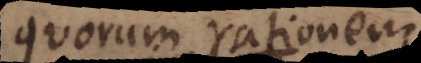
quorum rationem